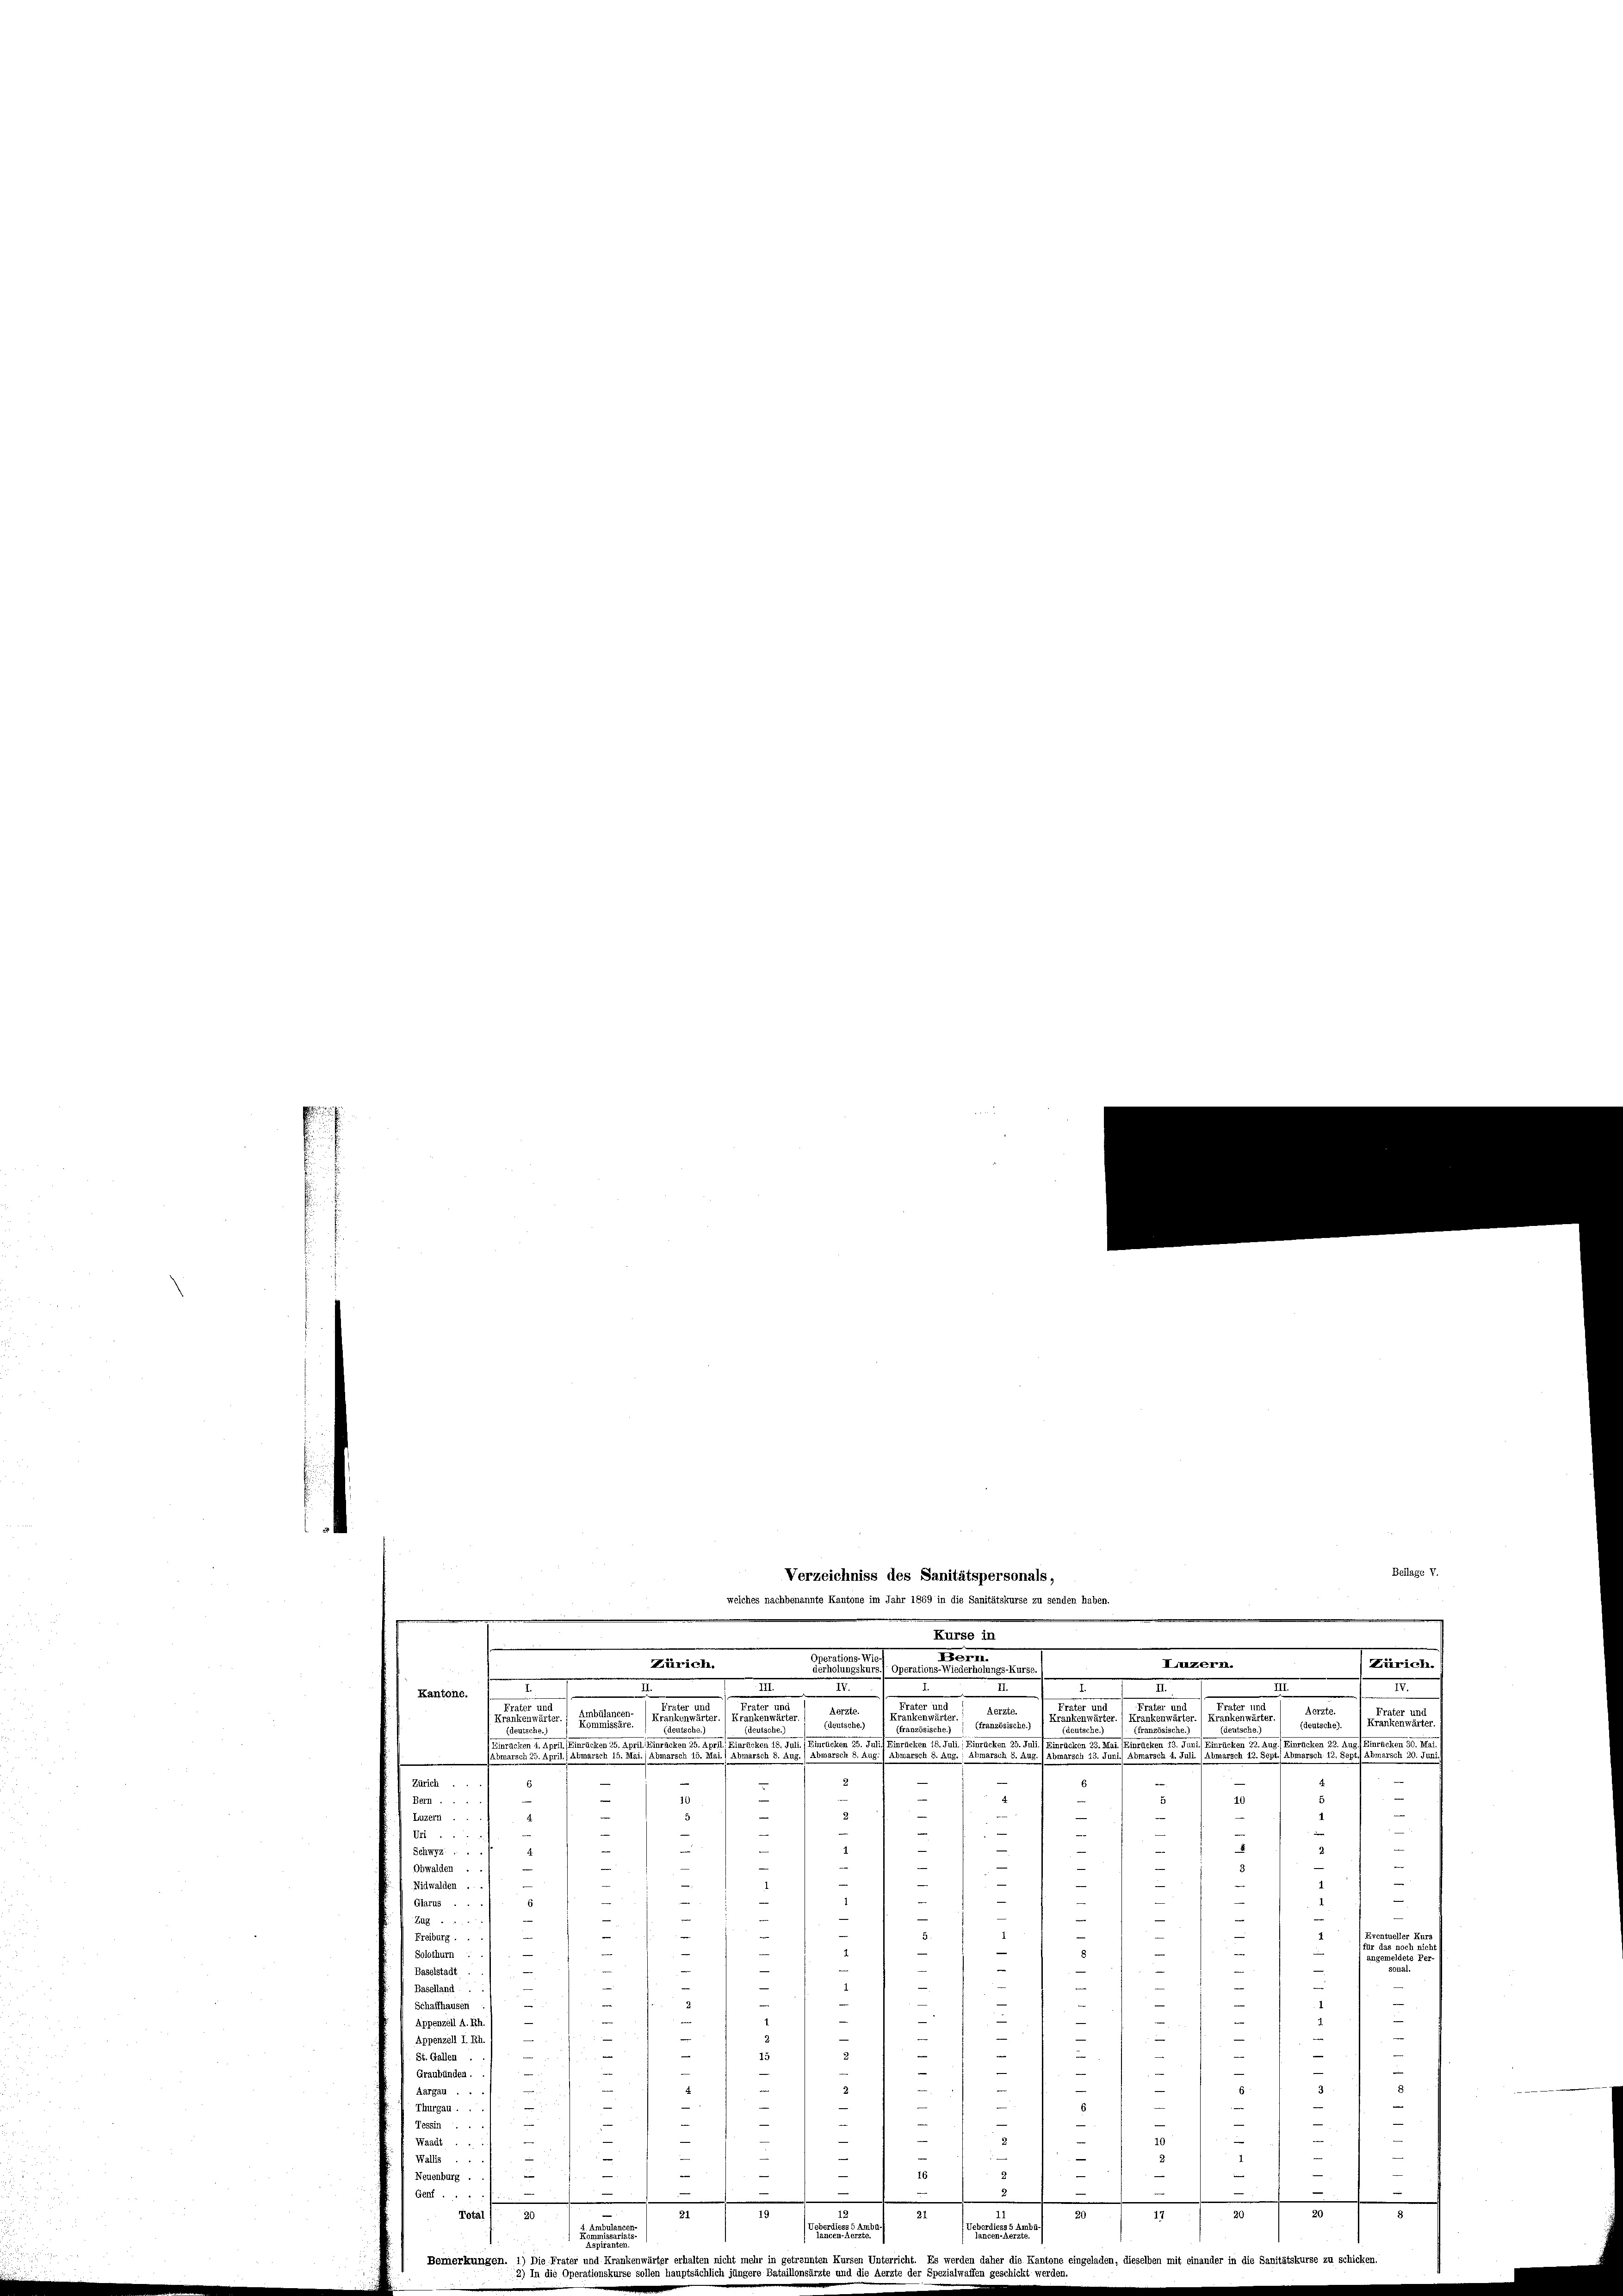
Esch 8.
.
e
Zürich.
Bern ...
Luzern ..
e
.
Uri.
x
2
Schwyz ...
i
.
Obwalden .
)
Nidwalden.
s
Glarus ..
—
Zug....
d
Freiburg .
.
a
e
¬

—
Solothurn :
Per-
e
Baselstadt
e
Baselland.
.
¬
.
Schaffhause
.
Appenzell A. Rh
e
e
Appenzell I.Rh

St. Gallen
e
e
—
—
Graubünden.
4
Aargau ..
e
Thurgau ..
Tessin ...
Waadt.
Wallis .
2

ii
Neuenburg .

¬
.
.
Genf ...

20
31
1720
Total ) 20
(Ueberdiess 5 Ambu

Ambulanten.
rricht. Es werden daher die Kantone eingeladen, dieselben mit einander in die Sanitätskurse zu schicke
Die Frater und Krankenwärter erhalten nicht mehr in getrennt
kun
ation
ich i
särzte und
lwaffen geschickt werden.
skurse sollen
re Ba

Beilage V.
Verzeichniss des Sanitätspersonals,

welches nachbenannte Kantone im Jahr 1869 in die Sanitätskurse zu senden haben.
Kurse in
IEZEPMI.
Zürich.
Zürich.
a
dt von
olungs-Kurse.)
.
.
n
III
III.
II.
d
II.
Kantone.
ter
I
Aerzte
Aerzte.
Aerzt
1
/ Krankens
Canzessische Krankenwirten. (Frate
inken
n
Frankenwär
ter
22
leutsche).
teutsche.)
d
.
d
1./ erachen 29. Juli) Hieraten
Hinrücken 25.
n
d. Z. 219. Feerachen 23. Aus Berechen 30. Mai
s

2
8.)